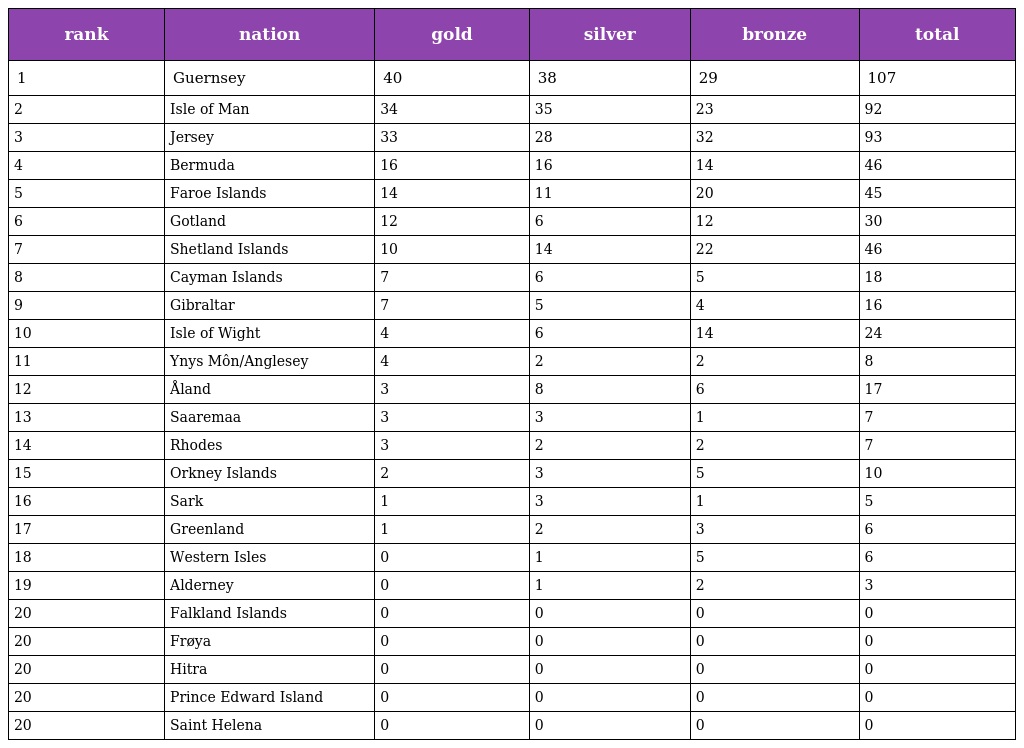
| rank | nation | gold | silver | bronze | total |
 | --- | --- | --- | --- | --- | --- |
 | 1 | Guernsey | 40 | 38 | 29 | 107 |
 | 2 | Isle of Man | 34 | 35 | 23 | 92 |
 | 3 | Jersey | 33 | 28 | 32 | 93 |
 | 4 | Bermuda | 16 | 16 | 14 | 46 |
 | 5 | Faroe Islands | 14 | 11 | 20 | 45 |
 | 6 | Gotland | 12 | 6 | 12 | 30 |
 | 7 | Shetland Islands | 10 | 14 | 22 | 46 |
 | 8 | Cayman Islands | 7 | 6 | 5 | 18 |
 | 9 | Gibraltar | 7 | 5 | 4 | 16 |
 | 10 | Isle of Wight | 4 | 6 | 14 | 24 |
 | 11 | Ynys Môn/Anglesey | 4 | 2 | 2 | 8 |
 | 12 | Åland | 3 | 8 | 6 | 17 |
 | 13 | Saaremaa | 3 | 3 | 1 | 7 |
 | 14 | Rhodes | 3 | 2 | 2 | 7 |
 | 15 | Orkney Islands | 2 | 3 | 5 | 10 |
 | 16 | Sark | 1 | 3 | 1 | 5 |
 | 17 | Greenland | 1 | 2 | 3 | 6 |
 | 18 | Western Isles | 0 | 1 | 5 | 6 |
 | 19 | Alderney | 0 | 1 | 2 | 3 |
 | 20 | Falkland Islands | 0 | 0 | 0 | 0 |
 | 20 | Frøya | 0 | 0 | 0 | 0 |
 | 20 | Hitra | 0 | 0 | 0 | 0 |
 | 20 | Prince Edward Island | 0 | 0 | 0 | 0 |
 | 20 | Saint Helena | 0 | 0 | 0 | 0 |